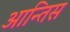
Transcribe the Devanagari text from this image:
आन्तिस